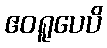
ဧဝရူပေပိ